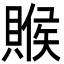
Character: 䞀